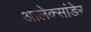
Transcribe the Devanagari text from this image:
आलेक्सांडेर